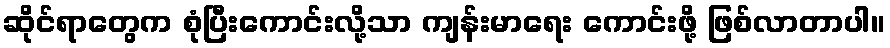
ဆိုင်ရာတွေက စုံပြီးကောင်းလို့သာ ကျန်းမာရေး ကောင်းဖို့ ဖြစ်လာတာပါ။